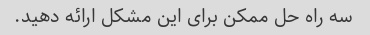
سه راه حل ممکن برای این مشکل ارائه دهید.